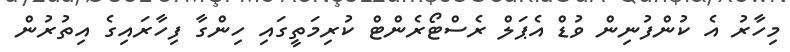
މިހާރު އެ ކުންފުނިން ވުޑް އެޕަލް ރެސްޓޯރެންޓް ކުރިމަތީގައި ހިންގާ ފިހާރައިގެ އިތުރުން